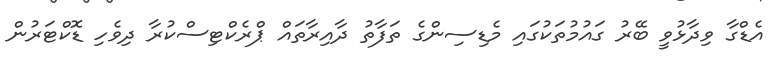
އެޑްގާ ވިދާޅުވީ ބޭރު ގައުމުތަކުގައި މެޑިސިންގެ ތަފާތު ދާއިރާތައް ޕްރެކްޓިސްކުރާ ދިވެހި ޑޮކްޓަރުން